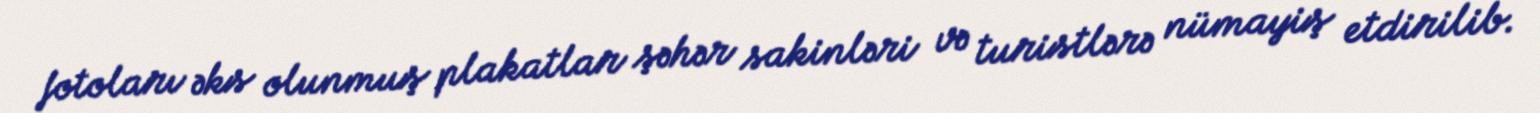
fotoları əks olunmuş plakatlar şəhər sakinləri və turistlərə nümayiş etdirilib.